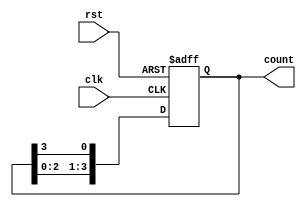
module ring_counter #(parameter N = 4) (
    input wire clk,        // Clock input
    input wire rst,        // Reset input
    output reg [N-1:0] count // Output of the ring counter
);

    // Initialization: On reset, set the first flip-flop to 1 and others to 0
    always @(posedge clk or posedge rst) begin
        if (rst) begin
            count <= 1'b1; // Initialize to 100...0
        end else begin
            // Shift the '1' to the next position
            count <= {count[N-2:0], count[N-1]}; // Rotate right
        end
    end

endmodule